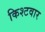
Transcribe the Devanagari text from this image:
किश्टवार